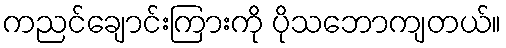
ကညင်ချောင်းကြားကို ပိုသဘောကျတယ်။